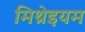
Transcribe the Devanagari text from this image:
मिथ्रेइयम